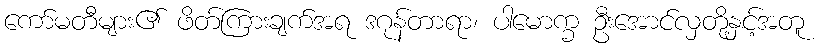
ကော်မတီများ၏ ဖိတ်ကြားချက်အရ ဒဂုန်တာရာ၊ ပါမောက္ခ ဦးအောင်လှတို့နှင့်အတူ